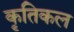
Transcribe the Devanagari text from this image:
कृतिकल